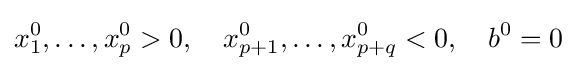
x_{1}^{0},\ldots ,x_{p}^{0}>0,\quad x_{p+1}^{0},\ldots ,x_{p+q}^{0}<0,\quad b^{0}=0